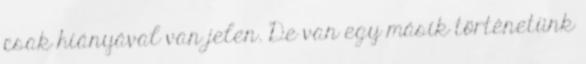
csak hiányával van jelen. De van egy másik történetünk